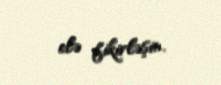
elə fikirləşin.